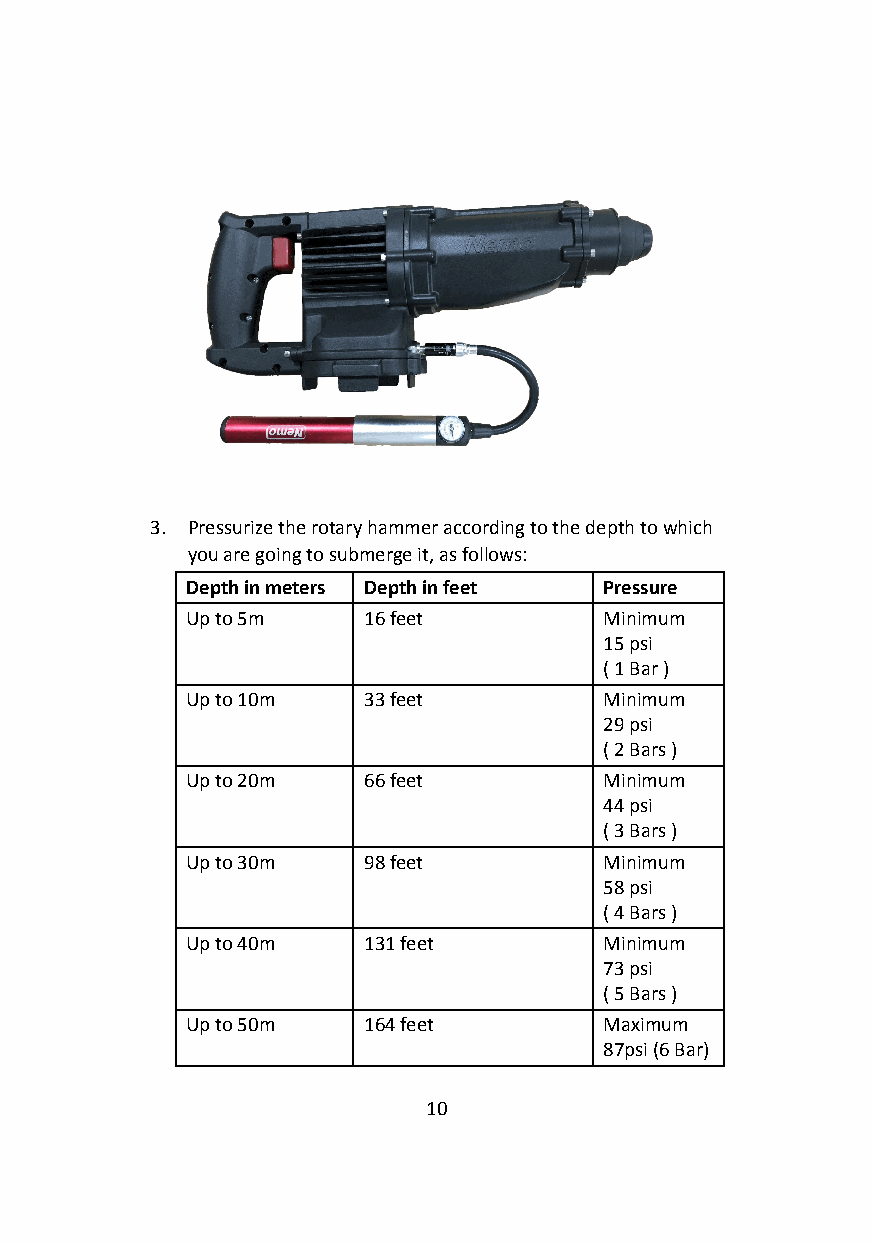
3. Pressurize the rotary hammer according to the depth to which
 you are going to submerge it, as follows:
 Depth in meters Depth in feet Pressure
 Up to 5m    16 feet         Minimum
 15 psi
 ( 1 Bar )
 Up to 10m   33 feet         Minimum
 29 psi
 ( 2 Bars )
 Up to 20m   66 feet         Minimum
 44 psi
 ( 3 Bars )
 Up to 30m   98 feet         Minimum
 58 psi
 ( 4 Bars )
 Up to 40m   131 feet        Minimum
 73 psi
 ( 5 Bars )
 Up to 50m   164 feet        Maximum
 87psi (6 Bar)
 10